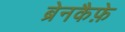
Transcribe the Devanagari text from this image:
ब्रेनकैफ़े